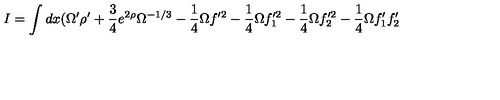
I = \int d x ( \Omega ^ { \prime } \rho ^ { \prime } + \frac { 3 } { 4 } e ^ { 2 \rho } \Omega ^ { - 1 / 3 } - \frac { 1 } { 4 } \Omega f ^ { \prime 2 } - \frac { 1 } { 4 } \Omega f _ { 1 } ^ { \prime 2 } - \frac { 1 } { 4 } \Omega f _ { 2 } ^ { \prime 2 } - \frac { 1 } { 4 } \Omega f _ { 1 } ^ { \prime } f _ { 2 } ^ { \prime }